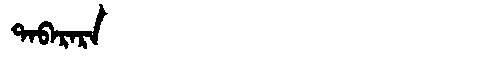
Manchu: ᡨᠠᠪᠠᡵᠠᡵᠠ
Romanization: TABARARA